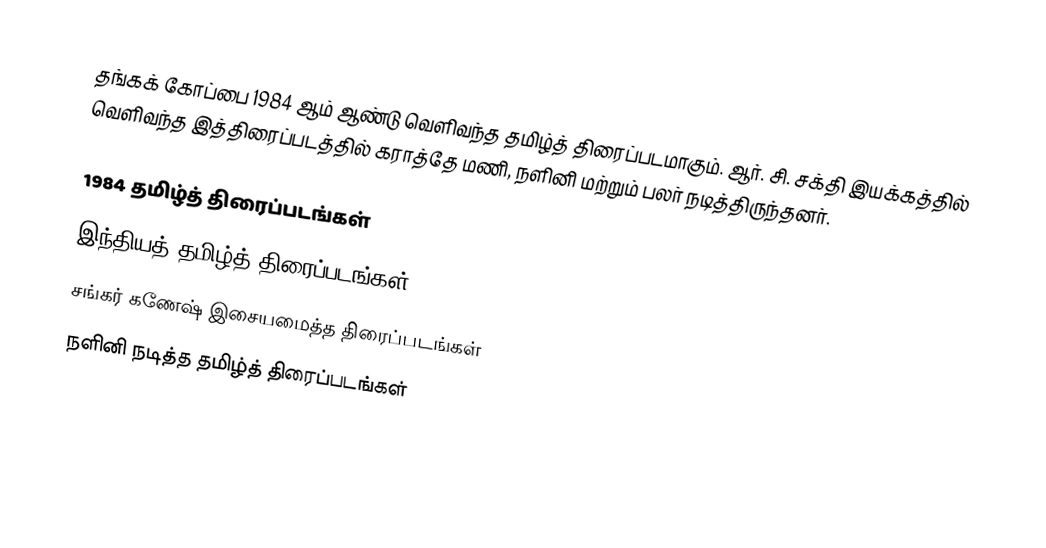
தங்கக் கோப்பை 1984 ஆம் ஆண்டு வெளிவந்த தமிழ்த் திரைப்படமாகும். ஆர். சி. சக்தி இயக்கத்தில் வெளிவந்த இத்திரைப்படத்தில் கராத்தே மணி, நளினி மற்றும் பலர் நடித்திருந்தனர்.

1984 தமிழ்த் திரைப்படங்கள்
இந்தியத் தமிழ்த் திரைப்படங்கள்
சங்கர் கணேஷ் இசையமைத்த திரைப்படங்கள்
நளினி நடித்த தமிழ்த் திரைப்படங்கள்